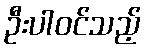
ဦးပါဝင်သည့်